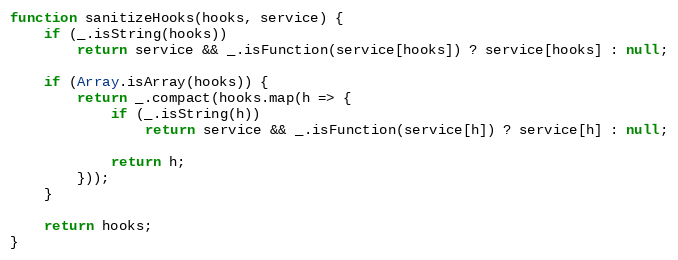
Language: JavaScript
function sanitizeHooks(hooks, service) {
	if (_.isString(hooks))
		return service && _.isFunction(service[hooks]) ? service[hooks] : null;

	if (Array.isArray(hooks)) {
		return _.compact(hooks.map(h => {
			if (_.isString(h))
				return service && _.isFunction(service[h]) ? service[h] : null;

			return h;
		}));
	}

	return hooks;
}